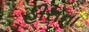
હીરાના